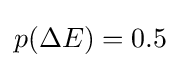
p(\Delta E)=0.5